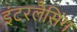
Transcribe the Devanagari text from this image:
इंटरलैसिंग